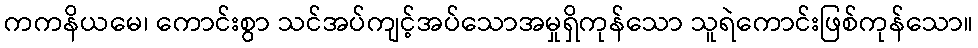
ကကနိယမေ၊ ကောင်းစွာ သင်အပ်ကျင့်အပ်သောအမှုရှိကုန်သော သူရဲကောင်းဖြစ်ကုန်သော။